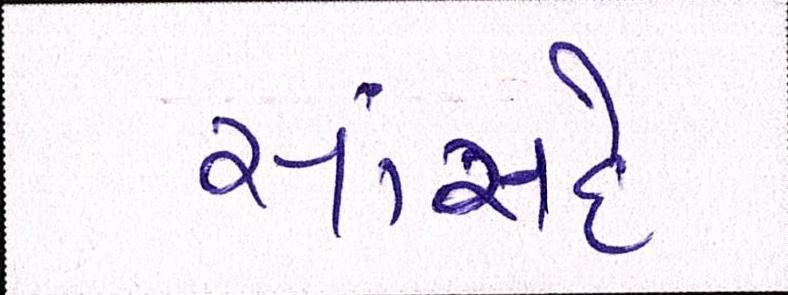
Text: સાંસદે